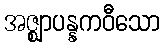
အဇ္ဈာပန္နကဝီသော